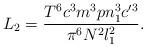
LaTeX: \begin{align*}L_2 = \frac{T^6 c^3 m^3 p n_1^3 c'^3}{\pi^6 N^2 l_1^2}.\end{align*}